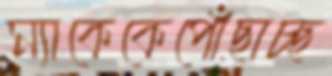
ম্যাকেকেপোঁছাচ্ছ